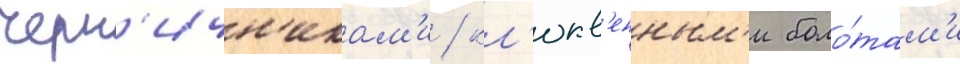
черн'ичн'икам'и / кл'юкв'енным'и боло́там'и